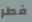
فطر